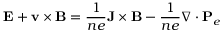
\mathbf { E } + \mathbf { v } \times \mathbf { B } = \frac { 1 } { n e } \mathbf { J } \times \mathbf { B } - \frac { 1 } { n e } \nabla \cdot \mathbf { P } _ { e }